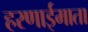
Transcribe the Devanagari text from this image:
हरणाईमाता